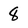
Character: 8